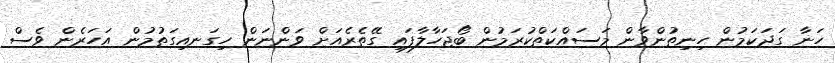
ހަނާ ގަދަކަމުން ހިނިތުންވާން މަސައްކަތްކުރަމުން ބޯޖަހާލާފައި ގޭތެރެއަށް ވަންނަން ހިގަނއިގަތުމުން އަހަރެން ވެސް